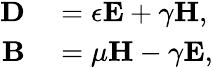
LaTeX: \begin{array}{rl}{\mathbf{D}}&{{}=\mathbf{\epsilon}\mathbf{E}+\mathbf{\gamma}\mathbf{H},}\\ {\mathbf{B}}&{{}=\mathbf{\mu}\mathbf{H}-\mathbf{\gamma}\mathbf{E},}\end{array}